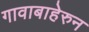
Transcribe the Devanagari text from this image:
गावाबाहेरुन